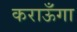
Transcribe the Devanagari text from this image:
कराऊँगा